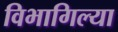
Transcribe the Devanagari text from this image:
विभागिल्या